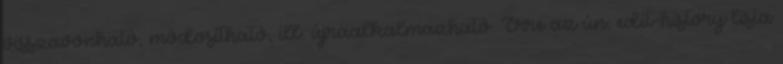
visszavonható, módosítható, ill. újraalkalmazható. Erre az ún. edit-history lista